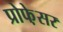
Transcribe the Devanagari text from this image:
प्रोफे़सर